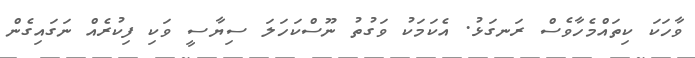
ވާހަކަ ކިތައްމެހާވެސް ރަނގަޅު. އެކަމަކު ވަގުތު ނޫސްކަހަލަ ސިޔާސީ ވަކި ފިކުރެއް ނަގައިގެން